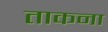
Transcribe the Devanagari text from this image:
ताकना